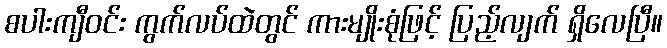
စပါးကျီဝင်း ကွက်လပ်ထဲတွင် ကားမျိုးစုံဖြင့် ပြည့်လျက် ရှိလေပြီ။